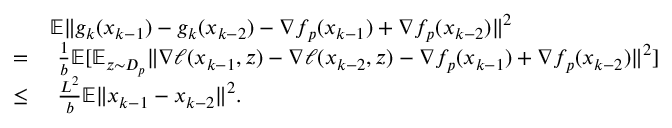
\begin{array} { r l } & { \mathbb { E } \| g _ { k } ( x _ { k - 1 } ) - g _ { k } ( x _ { k - 2 } ) - \nabla f _ { p } ( x _ { k - 1 } ) + \nabla f _ { p } ( x _ { k - 2 } ) \| ^ { 2 } } \\ { = } & { \ \frac { 1 } { b } \mathbb { E } [ \mathbb { E } _ { z \sim D _ { p } } \| \nabla \ell ( x _ { k - 1 } , z ) - \nabla \ell ( x _ { k - 2 } , z ) - \nabla f _ { p } ( x _ { k - 1 } ) + \nabla f _ { p } ( x _ { k - 2 } ) \| ^ { 2 } ] } \\ { \leq } & { \ \frac { L ^ { 2 } } { b } \mathbb { E } \| x _ { k - 1 } - x _ { k - 2 } \| ^ { 2 } . } \end{array}